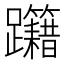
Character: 𨈁